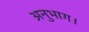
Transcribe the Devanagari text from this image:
अनुभाग।